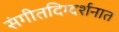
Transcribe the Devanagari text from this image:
संगीतदिग्दर्शनात